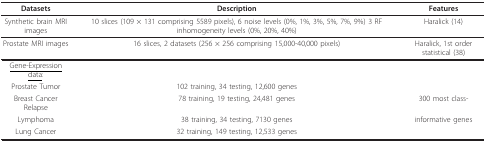
<table><thead><tr><td><b>Datasets</b></td><td><b>Description</b></td><td><b>Features</b></td></tr></thead><tbody><tr><td>Synthetic brain MRI images</td><td>10 slices (109 × 131 comprising 5589 pixels), 6 noise levels (0%, 1%, 3%, 5%, 7%, 9%) 3 RF inhomogeneity levels (0%, 20%, 40%)</td><td>Haralick (14)</td></tr><tr><td>Prostate MRI images</td><td>16 slices, 2 datasets (256 × 256 comprising 15,000-40,000 pixels)</td><td>Haralick, 1st order statistical (38)</td></tr><tr><td><underline>Gene-Expression data</underline>:</td><td></td><td></td></tr><tr><td>Prostate Tumor</td><td>102 training, 34 testing, 12,600 genes</td><td></td></tr><tr><td>Breast Cancer Relapse</td><td>78 training, 19 testing, 24,481 genes</td><td>300 most class-</td></tr><tr><td>Lymphoma</td><td>38 training, 34 testing, 7130 genes</td><td>informative genes</td></tr><tr><td>Lung Cancer</td><td>32 training, 149 testing, 12,533 genes</td><td></td></tr></tbody></table>